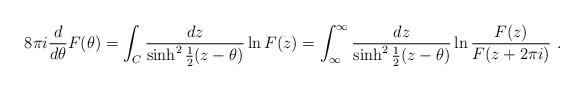
LaTeX: \begin{align*}8\pi i \frac{d}{d\theta} F(\theta ) =\int_C \frac{dz}{\sinh^2 {\frac{1}{2} (z - \theta)}} \ln F(z)=\int^\infty_\infty \frac{dz}{\sinh^2 {\frac{1}{2} (z - \theta)}}\ln {\frac{F(z)}{F(z+2\pi i)}} \ .\end{align*}